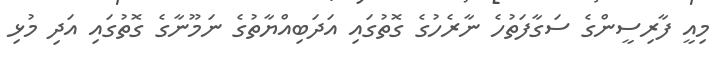
މިއީ ފާރިސީންގެ ސަގާފަތުހެ ނާރެހުގެ ގޮތުގައި އަދަބިއްޔާތުގެ ނަމޫނާގެ ގޮތުގައި އަދި މުޅި